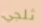
ثلجي